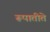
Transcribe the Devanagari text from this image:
रूपातीते